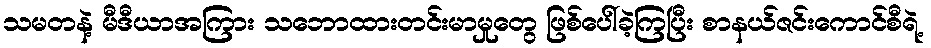
သမတနဲ့ မီဒီယာအကြား သဘောထားတင်းမာမှုတွေ ဖြစ်ပေါ်ခဲ့ကြပြီး စာနယ်ဇင်းကောင်စီရဲ့